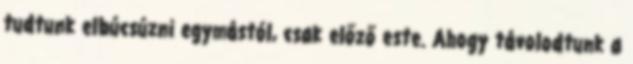
tudtunk elbúcsúzni egymástól, csak előző este. Ahogy távolodtunk a